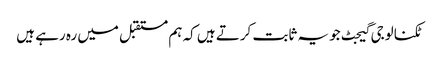
ٹکنالوجی گیجٹ جو یہ ثابت کرتے ہیں کہ ہم مستقبل میں رہ رہے ہیں